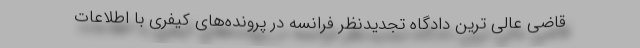
قاضی عالی ترین دادگاه تجدیدنظر فرانسه در پرونده‌های کیفری با اطلاعات